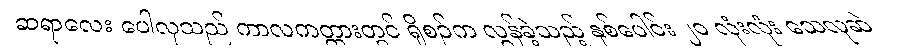
ဆရာလေး ပေါလုသည် ကာလကတ္တားတွင် ရှိစဉ်က လွန်ခဲ့သည့် နှစ်ပေါင်း ၂၀ လုံးလုံး သေလုဆဲ